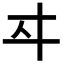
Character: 𬽤